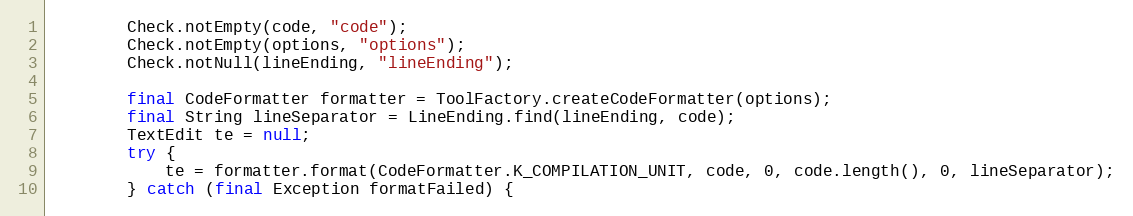
Language: Java
		Check.notEmpty(code, "code");
		Check.notEmpty(options, "options");
		Check.notNull(lineEnding, "lineEnding");

		final CodeFormatter formatter = ToolFactory.createCodeFormatter(options);
		final String lineSeparator = LineEnding.find(lineEnding, code);
		TextEdit te = null;
		try {
			te = formatter.format(CodeFormatter.K_COMPILATION_UNIT, code, 0, code.length(), 0, lineSeparator);
		} catch (final Exception formatFailed) {